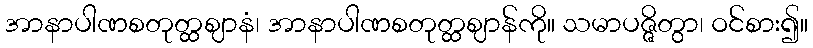
အာနာပါဏစတုတ္ထဈာနံ၊ အာနာပါဏစတုတ္ထဈာန်ကို။ သမာပဇ္ဇိတွာ၊ ဝင်စား၍။